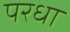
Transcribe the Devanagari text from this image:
परधा